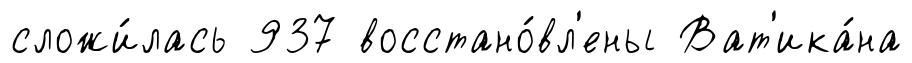
сложи́лась 937 восстано́вл'ены Ват'ика́на